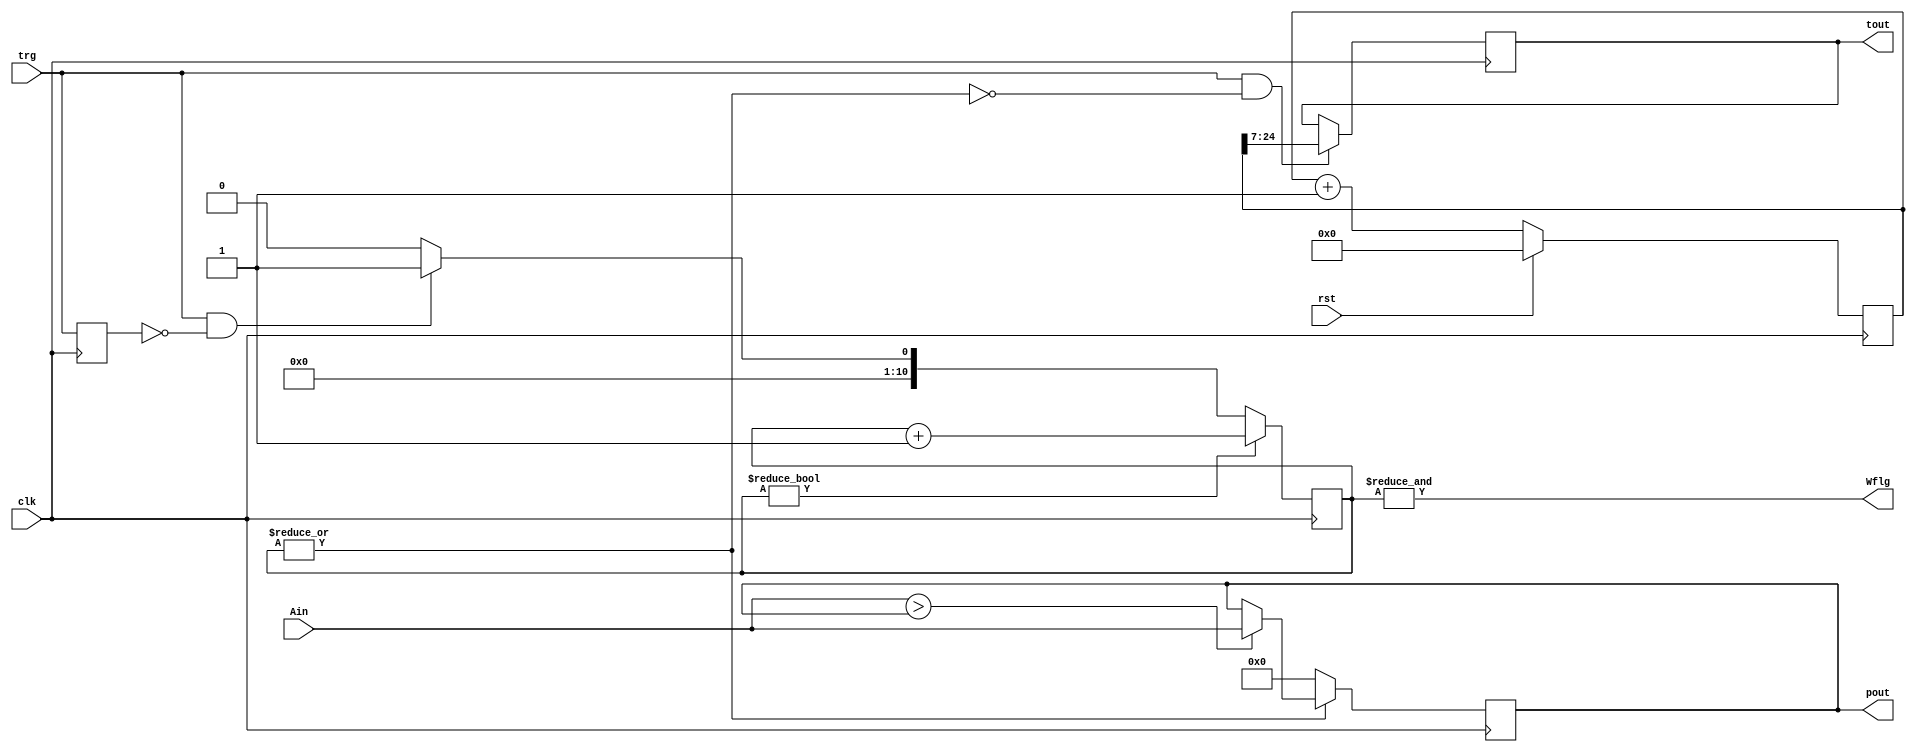
`timescale 1ns / 1ps

//v1 : 20220210

module mcamcs_v1(clk,trg,rst,Ain,pout,tout,Wflg);
	input clk;			//125MHz.
	input rst;			//H:reset.
	input trg;
	input [13:0] Ain;	//analog input (signed ).
	output signed [13:0]pout;	//peak data out.
	output [17:0]tout;	//timing data out.
	output Wflg;		//FIFO wright flag.
	
	wire signed [13:0] step0;			//signed input
	
	reg trgreg;			//need to trg edge ditect.
	reg [10:0]  Wincnt;	//time window count.
	
	reg [17:0] timing;	//current timing data.
	reg [63:0] cnt;		//counter. reset by rst.
	
	(* dont_touch = "true" *) reg signed [13:0] peak;	//current peak data.
	
	//counter. reset by rst.
	always@(posedge clk)begin
		if(rst)
			cnt<=64'h0000_0000;
		else
			cnt<=cnt+1;
	end
	
	//genelate before 1clock trg input.
	always@(posedge clk)begin
		trgreg <= trg;
	end
	
	//timewindow cont. start by trg edge. stop by overflow.
	always@(posedge clk)begin
		if(Wincnt)
			Wincnt <= Wincnt+1;
		else if(trg&(~trgreg))	//trg edge.
			Wincnt <=11'h001;
		else
			Wincnt <=11'h000;
	end
	
	//capcher peak data, when timewindow is counting.
	always@(posedge clk)begin
		if(|Wincnt)
			if(step0 > peak)
				peak <= step0;
			else
				peak <= peak;
		else
			peak <= 14'h0000;
	end
	
	//timingdata set, when trg edge.
	always@(posedge clk)begin
		if(trg & (~|Wincnt))
			timing <= cnt[24:7];
		else
			timing <= timing;
	end
	
	//offset binary to signed data
	assign step0 =Ain;
	
	assign pout = peak;		//peak data out.
	assign tout = timing;	//timing data out.
	assign Wflg = &Wincnt;	//1clock palse flag when Wincnt = 0x00.
	
endmodule

//rst conect to external reset. Do not conect system reset from cpu.
//-> OK: conect to (external reset OR system) reset.